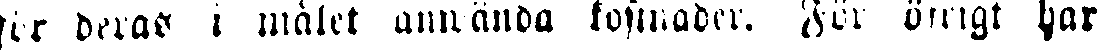
för deras i målet anwända kostnader. För öfrigt har